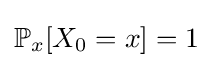
\mathbb {P} _{x}[X_{0}=x]=1